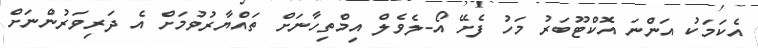
އެކަމަކު އަންނަ އޮކްޓޫބަރު މަހު ފެށޭ އޯ-ލެވެލް އިމްތިހާނަށް ތައްޔާރުވުމަށް އެ ދަރިވަރުންނަށް